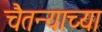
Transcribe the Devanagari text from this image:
चैतन्याच्या